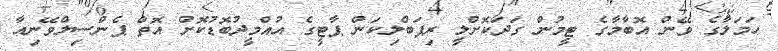
ހަމަލާގެ ވޭން އޮބާމާގެ ޓީމުން ގަދަކޮށްލީ ރިޕަބްލިކަން ޕާޓީގެ އުއްމީދުބޮޑުކޮށް އޮތް ޕެންސިލްވޭނިއާ